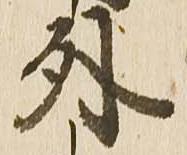
外